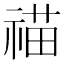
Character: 𮵝